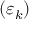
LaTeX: ( \varepsilon _ { k } )